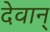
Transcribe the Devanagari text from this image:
देवान्